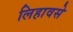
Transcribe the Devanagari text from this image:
लिहावसे